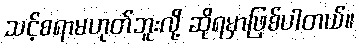
သင့်စရာမဟုတ်ဘူးလို့ ဆိုရမှာဖြစ်ပါတယ်။